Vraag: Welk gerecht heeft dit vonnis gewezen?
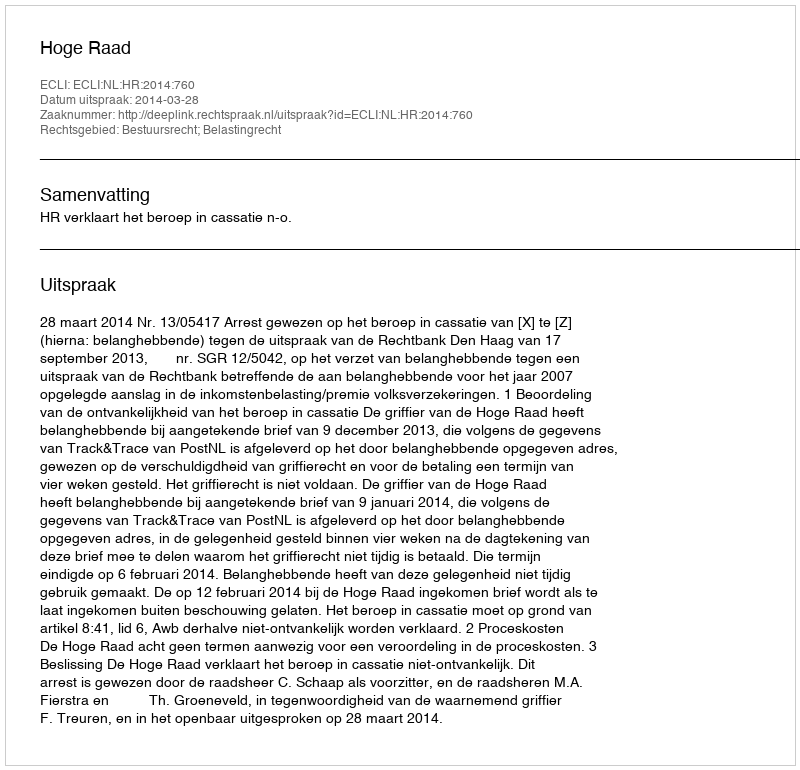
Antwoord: Hoge Raad